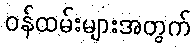
ဝန်ထမ်းများအတွက်